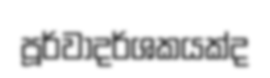
පූර්වාදර්ශකයක්ද